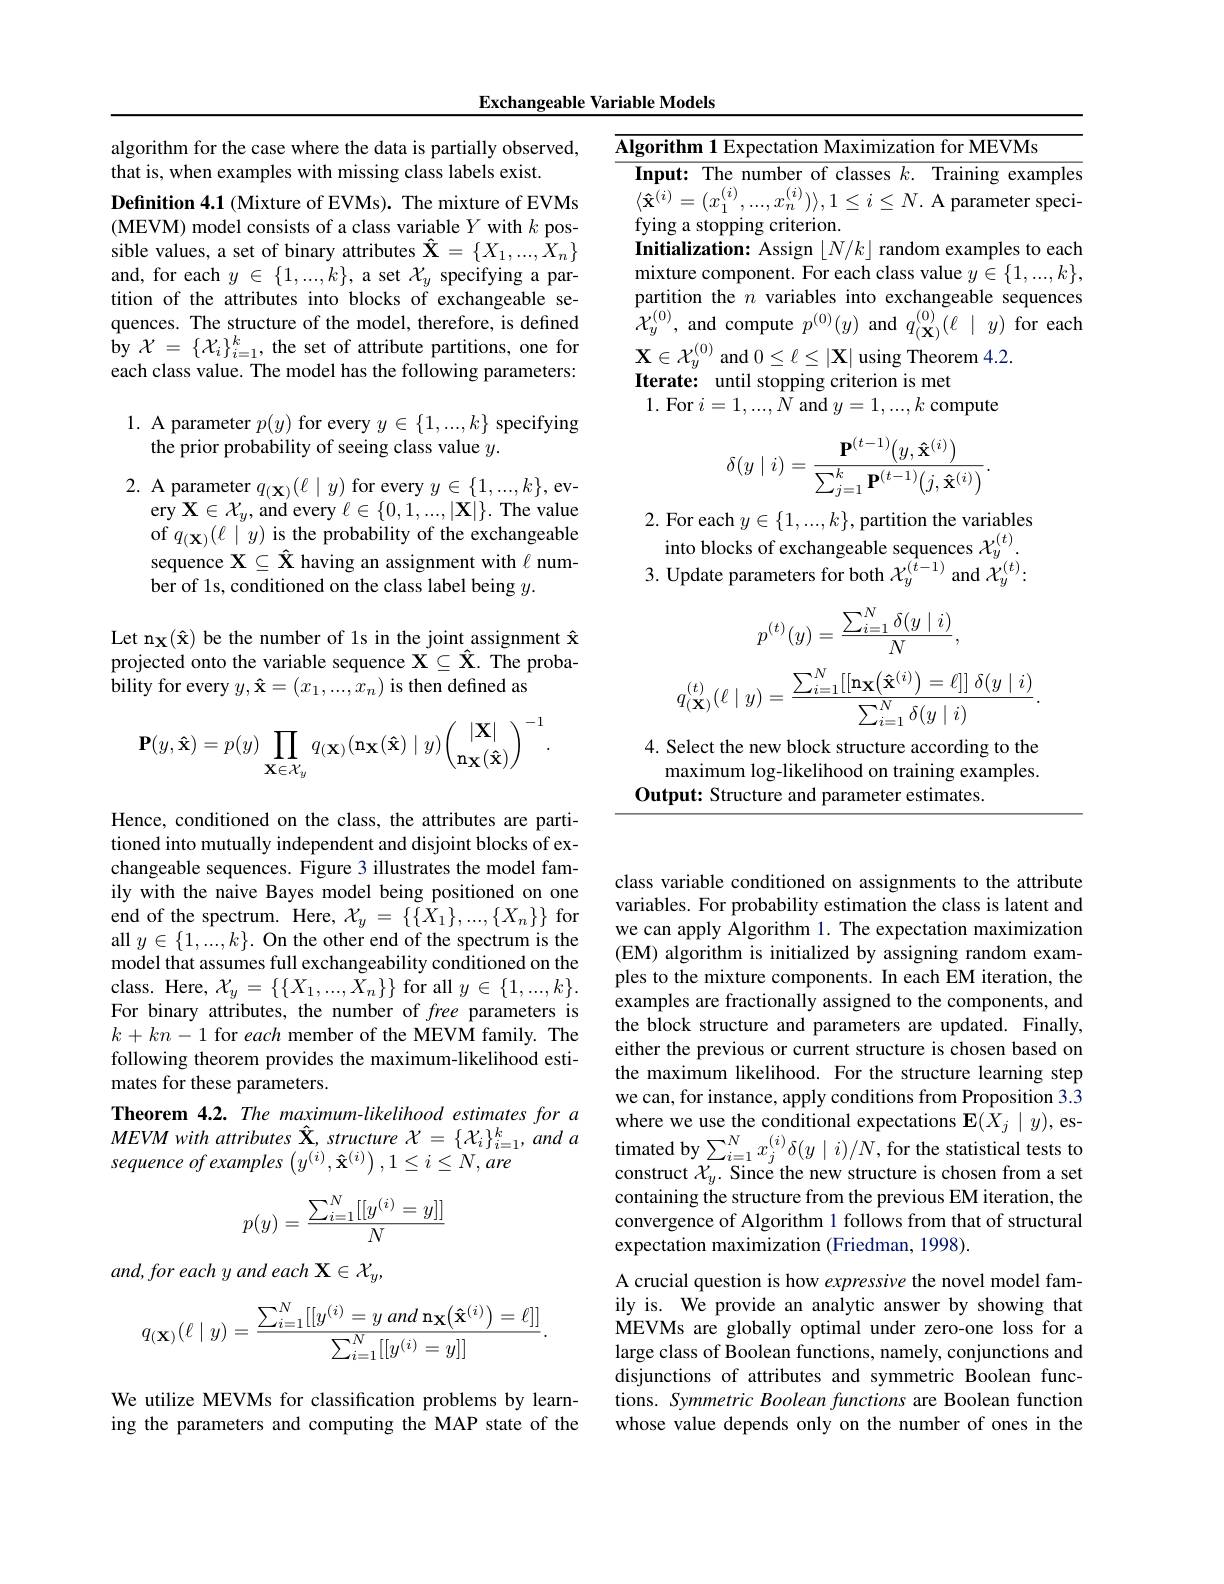
Exchangeable Variable Models

algorithm for the case where the data is partially observed,
that is, when examples with missing class labels exist.
Definition 4.1 (Mixture of EVMs). The mixture of EVMs $(\mathbf{MEVM})$ model consists of a class variable $Y$ with $k$ possible values, a set of binary attributes $\hat{\mathbf{X}}=\{X_1,...,\hat{X}_n\}$ and, for each $y\in\{1,...,k\}$, a set $\mathcal{X}_y$ specifying a partition of the attributes into blocks of exchangeable sequences. The structure of the model, therefore, is defined ${\hat{\mathrm{by}} }$ ${\mathcal{X} }=$ $\{ {\mathcal{X} }_{i}\} _{i= 1}^{k}$, the set of attribute partitions, one for each class value. The model has the following parameters:

# 1. A parameter $p(y)$ for every $y\in\{1,...,k\}$ specifying the prior probability of seeing class value $y.$

2. A parameter $q_{(\mathbf{X})}(\ell\mid y)$ for every $y\in\{1,...,k\}$,ev-
$\operatorname { \mathrm{ery~X}} \in \mathcal{X} _{y}, \operatorname { \mathrm{and~every~}} \ell \in \{ 0, 1, . . . , | \mathbf{X} | \} .$The value of $q_{(\mathbf{x})}(\ell\mid y)$ is the probability of the exchangeable sequence $\mathbf{X}\subseteq\hat{\mathbf{X}}$ having an assignment with $\ell$ num- ${\mathrm{ber~of~1s,~conditioned~on~the~class~label~being~}y.}$

Let n$_\mathbf{X}(\hat{\mathbf{x}})$ be the number of 1s in the joint assignment $\hat{\mathbf{x}}$ projected onto the variable sequence $\mathbf{X}\subseteq\hat{\mathbf{X}}.$ The probability for every $y,\mathbf{\hat{x}}=(x_1,...,x_n)$ is then defined as
$$\mathbf{P}(y,\mathbf{\hat{x}})=p(y)\prod\limits_{\mathbf{X}\in\mathcal{X}_y}q_{(\mathbf{X})}(\mathbf{n_X}(\mathbf{\hat{x}})\mid y)\binom{|\mathbf{X}|}{\mathbf{n_X}(\mathbf{\hat{x}})}^{-1}.$$
Hence, conditioned on the class, the attributes are partitioned into mutually independent and disjoint blocks of exchangeable sequences. Figure 3 illustrates the model family with the naive Bayes model being positioned on one end of the spectrum. Here, $\mathcal{X}_y=\{\{\bar{X}_1\},...,\{X_n\}\}$ for all $y\in\{1,...,k\}.$ On the other end of the spectrum is the model that assumes full exchangeability conditioned on the class. Here, $\mathcal{X}_y=\{\{X_1,...,\dot{X}_n\}\}$ for all $y\in\{1,...,k\}.$ For binary attributes, the number of free parameters is $k+kn-1$ for each member of the MEVM family. The following theorem provides the maximum-likelihood estimates for these parameters.
Theorem 4.2. The maximum-likelihood estimates for a $MEVM$ with attributes $\hat{\mathbf{X}}$, structure $\mathcal{X}=\{\mathcal{X}_i\}_{i=1}^k$, and $a$ sequence of examples $\left(y^{(i)},\mathbf{\hat{x}}^{(i)}\right),1\leq i\leq N,are$
$$p(y)=\frac{\sum_{i=1}^N[[y^{(i)}=y]]}{N}$$
and, for each y and each X $\in\mathcal{X}_y$,
$$q_{(\mathbf{X})}(\ell\mid y)=\frac{\sum_{i=1}^N[[y^{(i)}=y\:and\:\mathbf{n_X}\big(\mathbf{\hat{x}}^{(i)}\big)=\ell]]}{\sum_{i=1}^N[[y^{(i)}=y]]}.$$
We utilize MEVMs for classification problems by learning the parameters and computing the MAP state of the

Algorithm 1 Expectation Maximization for MEVMs
$\overline{\textbf{Input: The number of classes }k.\text{ Training examples}}$ $\langle\mathbf{\hat{x}}^{(i)}=(x_{1}^{(i)},...,x_{n}^{(i)})\rangle,1\leq i\leq N.$ A parameter specifying a stopping criterion.
Initialization: Assign $\lfloor N/k\rfloor$ random examples to each mixture component. For each class value $y\in\{1,...,k\}$, partition the $n$ variables into exchangeable sequences $\hat{\mathcal{X}}_{y}^{(0)}$, and compute $p^(0)(y)$ and $q_{(\mathbf{X})}^{(0)}(\ell\mid y)$ for each $\mathbf{X}\in\mathcal{X}_y^{(0)}$ and $0\leq\ell\leq|\mathbf{X}|$ using Theorem 4.2.
Iterate: until stopping criterion is met
1. For $i=1,...,N$ and $y=1,...,k$ compute
$$\delta(y\mid i)=\frac{\mathbf{P}^{(t-1)}\bigl(y,\mathbf{\hat{x}}^{(i)}\bigr)}{\sum_{j=1}^{k}\mathbf{P}^{(t-1)}\bigl(j,\mathbf{\hat{x}}^{(i)}\bigr)}.$$
2. For each $y\in\{1,...,k\}$, partition the variables into blocks of exchangeable sequences $\mathcal{X}_y^{(t)}.$
3. Update parameters for both $\mathcal{X}_y^{(t-1)}$ and $\mathcal{X}_y^{(t)}:$
$$p^{(t)}(y)=\frac{\sum_{i=1}^N\delta(y\mid i)}{N},$$
$$q_{(\mathbf{X})}^{(t)}(\ell\mid y)=\frac{\sum_{i=1}^N[[\mathbf{n_X}\big(\mathbf{\hat{x}}^{(i)}\big)=\ell]]\:\delta(y\mid i)}{\sum_{i=1}^N\delta(y\mid i)}.$$
4. Select the new block structure according to the

maximum log-likelihood on training examples.

Output: Structure and parameter estimates.

class variable conditioned on assignments to the attribute variables. For probability estimation the class is latent and we can apply Algorithm 1. The expectation maximization (EM) algorithm is initialized by assigning random examples to the mixture components. In each EM iteration, the examples are fractionally assigned to the components, and the block structure and parameters are updated. Finally, either the previous or current structure is chosen based on the maximum likelihood. For the structure learning step we can, for instance, apply conditions from Proposition 3.3 where we use the conditional expectations E$(\bar{X}_j\mid y)$,estimated by $\sum_{i=1}^{N}x_{j}^{(i)}\delta(y\mid i)/N$, for the statistical tests to construct $\mathcal{X}_y.$ Since the new structure is chosen from a set containing the structure from the previous EM iteration, the convergence of Algorithm 1 follows from that of structural expectation maximization (Friedman, 1998).
A crucial question is how expressive the novel model family is. We provide an analytic answer by showing that $\dot{\text{MEVMs are globally optimal under zero-one loss for a}}$ large class of Boolean functions, namely, conjunctions and disjunctions of attributes and symmetric Boolean functions. Symmetric Boolean functions are Boolean function whose value depends only on the number of ones in the